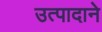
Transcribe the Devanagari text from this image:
उत्पादाने